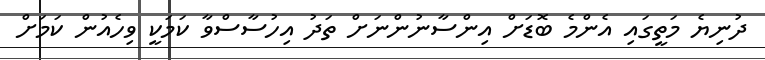
ދުނިޔެ މަތީގައި އެންމެ ބޮޑަށް އިންސާނުންނަށް ތަދު އިހުސާސްވާ ކަމަކީ ވިހެއުން ކަަމަށް